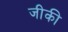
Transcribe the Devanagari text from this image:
जीकी